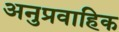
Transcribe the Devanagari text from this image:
अनुप्रवाहिक